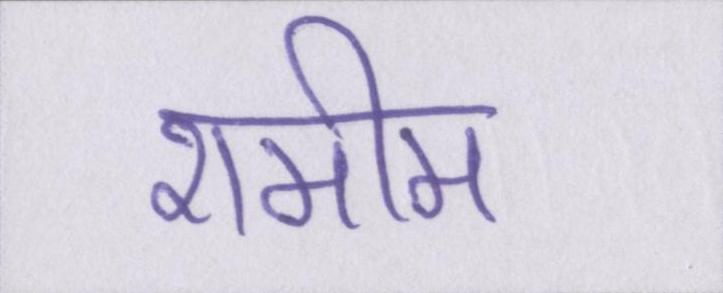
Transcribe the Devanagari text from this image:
शमीम